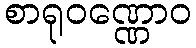
စာရုဝဏ္ဏောဝ